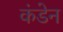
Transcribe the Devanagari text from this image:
कंडेन